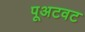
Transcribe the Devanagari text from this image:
पूअटवट